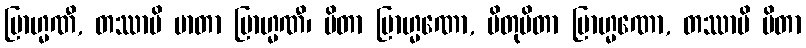
ဗြာဟ္မဏီ, တဿာပိ မာတာ ဗြာဟ္မဏီ၊ ပိတာ ဗြာဟ္မဏော, ပိတုပိတာ ဗြာဟ္မဏော, တဿာပိ ပိတာ